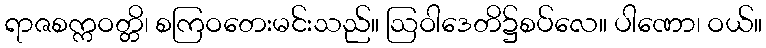
ရာဇစက္ကဝတ္တိ၊ စကြဝတေးမင်းသည်။ ဩဝါဒေတိ၌စပ်လေ။ ပါဏော၊ ဝယ်။